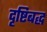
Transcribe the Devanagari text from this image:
दृष्टिबद्ध